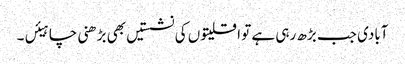
آبادی جب بڑھ رہی ہے تو اقلیتوں کی نشستیں بھی بڑھنی چاہیئں۔